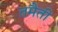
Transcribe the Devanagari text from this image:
तमैती